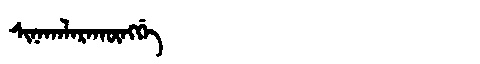
Manchu: ᠰᡳᠨᠠᡤᠠᠯᠠᡵᠠᡴᡡᠩᡤᡝ
Romanization: SINAGALARAKŪNGGE